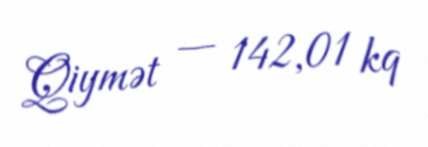
Qiymət — 142,01 kq